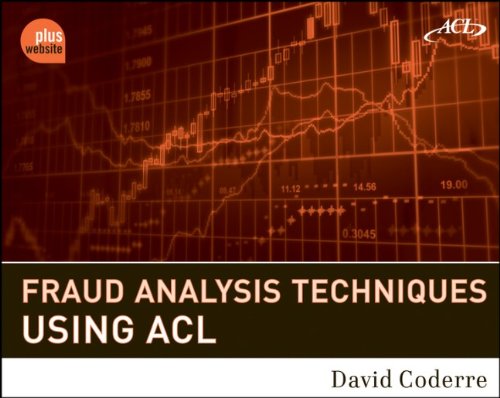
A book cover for Fraud Analysis Techniques Using ACL; David Coderre; Business & Money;